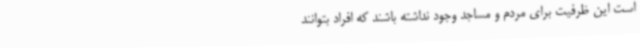
است این ظرفیت برای مردم و مساجد وجود نداشته باشند که افراد بتوانند